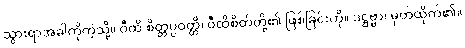
သွားရာအခါကိုကဲ့သို့။ ဝီထိ စိတ္တပ္ပဝတ္တိ၊ ဝီထိစိတ်တို့၏ ဖြစ်ခြင်းကို။ ဒဋ္ဌဗ္ဗာ၊ မှတ်ထိုက်၏။